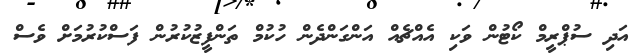
އަދި ސުޕްރީމް ކޯޓުން ވަކި އެއްޗެއް އަންގަންދެން ހުކުމް ތަންފީޒުކުރުން ފަސްކުރުމަށް ވެސް